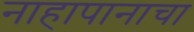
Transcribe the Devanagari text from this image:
नाहापानाचा